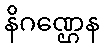
နိဂဏ္ဌေန